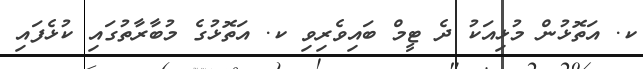
ކ. އަތޮޅުން މުޅިއަކު ދެ ޓީމް ބައިވެރިވި ކ. އަތޮޅުގެ މުބާރާތުގައި ކުޅެފައި